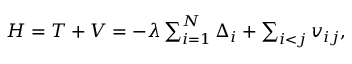
\begin{array} { r } { { \cal H } = { \cal T } + { \cal V } = - \lambda \sum _ { i = 1 } ^ { N } \Delta _ { i } + \sum _ { i < j } v _ { i j } , } \end{array}